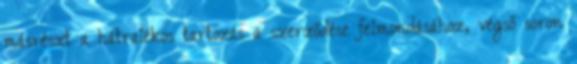
másrészt a hátralékos tartozás a szerződése felmondásához, végső soron